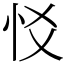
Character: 㤊